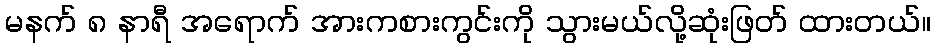
မနက် ၈ နာရီ အရောက် အားကစားကွင်းကို သွားမယ်လို့ဆုံးဖြတ် ထားတယ်။